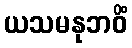
ယသမနုဘဝိံ